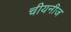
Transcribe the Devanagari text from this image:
चीयनीज